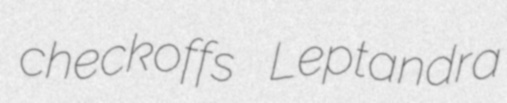
checkoffs Leptandra